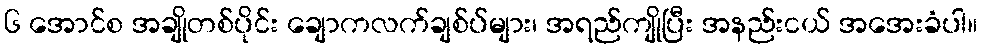
၆ အောင်စ အချိုတစ်ပိုင်း ချောကလက်ချစ်ပ်များ၊ အရည်ကျိုပြီး အနည်းငယ် အအေးခံပါ။